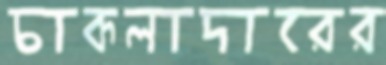
চাকলাদারের